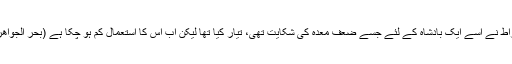
بقراط نے اِسے ایک بادشاہ کے لئے جسے ضعفِ معدہ کی شکایت تھی، تیار کیا تھا لیکن اب اِس کا استعمال کم ہو چکا ہے (بحر الجواھِر)۔